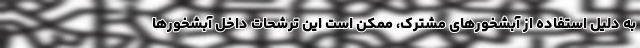
به دلیل استفاده از آبشخورهای مشترک، ممکن است این ترشحات داخل آبشخورها